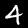
Label: 4